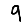
Digit: 9